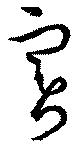
實